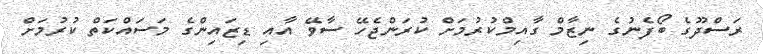
ރަސްދޫގެ ބޯފެނުގެ ނިޒާމް ގާއިމްކުރުމަށް ކުރަންޖެހޭ ސާވޭ އާއި ޑިޒައިންގެ މަސައްކަތް ކުރުމަށް